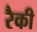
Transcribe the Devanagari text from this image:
रैकी